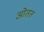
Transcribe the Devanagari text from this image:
ओतत